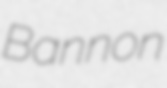
Bannon